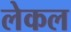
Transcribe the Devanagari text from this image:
लेकल